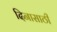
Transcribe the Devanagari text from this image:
दिनासाठी